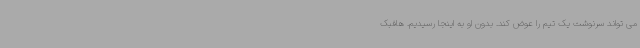
می تواند سرنوشت یک تیم را عوض کند. بدون او به اینجا رسیدیم. هافبک